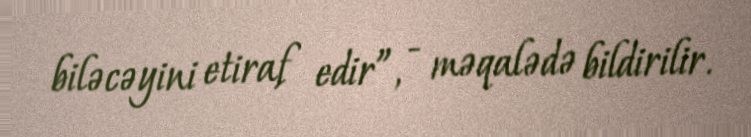
biləcəyini etiraf edir”, - məqalədə bildirilir.